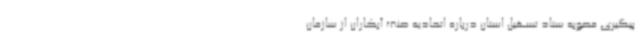
پیگیری مصوبه ستاد تسهیل استان درباره اتحادیه صنف آبکاران از سازمان